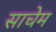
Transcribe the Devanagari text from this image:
साचेम